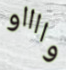
وااااو